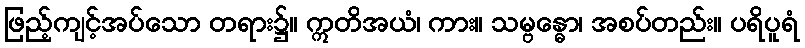
ဖြည့်ကျင့်အပ်သော တရား၌။ ဣတိအယံ၊ ကား။ သမ္ဗန္ဓော၊ အစပ်တည်း။ ပရိပူရံ